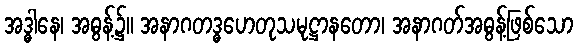
အဒ္ဓါနေ၊ အဓွန့်၌။ အနာဂတဒ္ဓဟေတုသမုဋ္ဌာနတော၊ အနာဂတ်အဓွန့်ဖြစ်သော